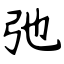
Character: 弛